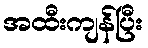
အထီးကျန်ပြီး